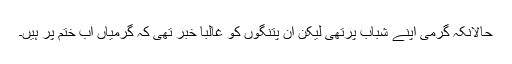
حالانکہ گرمی اپنے شباب پرتھی لیکن ان پتنگوں کو غالباً خبر تھی کہ گرمیاں اب ختم پر ہیں۔